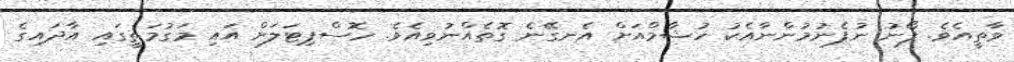
ވާތީއެވެ. ފޯނު ނުފެނުމުންނާއެކު ހުޝާމްއަށް އެނގޭނެ ގޮތެއްނުވިއެވެ. ހޮސްޕިޓަލަށް އައި މަގުމަތީގައި އާދައިގެ